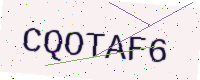
Text: CQOTAF6